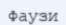
Фаузи